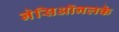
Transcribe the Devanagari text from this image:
नेसिऑनलके